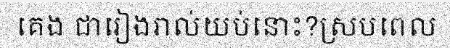
គេង ជារៀងរាល់យប់នោះ?ស្របពេល